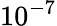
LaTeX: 10^{-7}